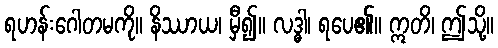
ရဟန်းဂေါတမကို။ နိဿာယ၊ မှီ၍။ လဒ္ဓါ၊ ရပေ၏။ ဣတိ၊ ဤသို့။